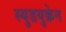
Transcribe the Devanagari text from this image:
स्युडयुक्रेन